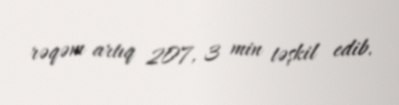
rəqəm artıq 207, 3 min təşkil edib.